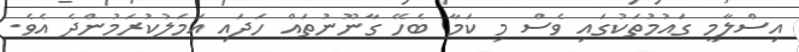
އިސްލާމީ ގައުމުތަކުގައި ވެސް މި ކަމާ ބެހޭ ގާނޫނުތައް ހަދައި އަމަލުކުރަމުންދެ އެވެ.